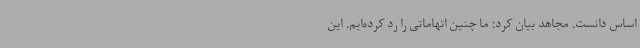
اساس دانست. مجاهد بیان کرد: ما چنین اتهاماتی را رد کرده‌ایم. این